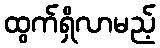
ထွက်ရှိလာမည့်